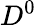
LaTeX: D^{0}